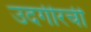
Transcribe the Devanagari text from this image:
उदगीरची